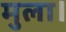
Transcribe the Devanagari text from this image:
मुला।